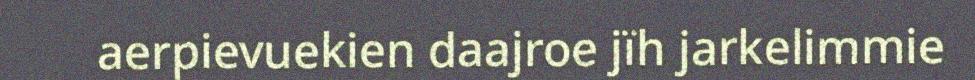
aerpievuekien daajroe jïh jarkelimmie